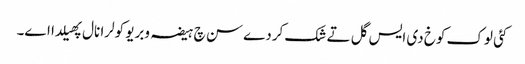
کئی لوک کوخ دی ایس گل تے شک کردے سن چ ہیضہ وبریو کولرا نال پھیلدا اے۔